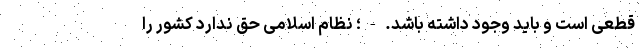
قطعی است و باید وجود داشته باشد. - ؛ نظام اسلامی حق ندارد کشور را